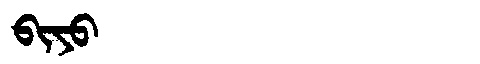
Manchu: ᠪᡳᠶᠣ
Romanization: BIYO